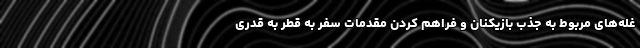
غله‌های مربوط به جذب بازیکنان و فراهم کردن مقدمات سفر به قطر به قدری